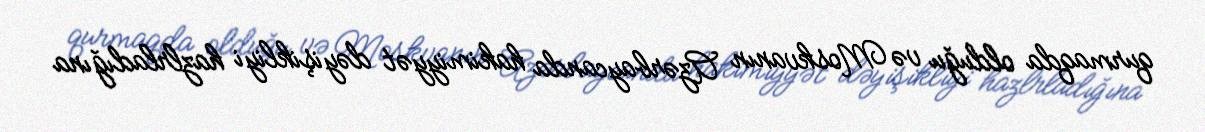
qurmaqda olduğu və Moskvanın Azərbaycanda hakimiyyət dəyişikliyi hazlrladığına